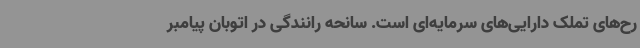
رح‌های تملک دارایی‌های سرمایه‌ای است. سانحه رانندگی در اتوبان پیامبر